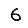
Digit: 6